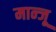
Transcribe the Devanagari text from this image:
मान्जू